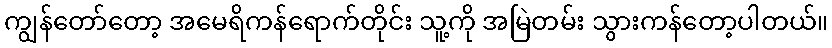
ကျွန်တော်တော့ အမေရိကန်ရောက်တိုင်း သူ့ကို အမြဲတမ်း သွားကန်တော့ပါတယ်။